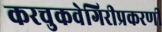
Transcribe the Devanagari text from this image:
करचुकवेगिरीप्रकरणी